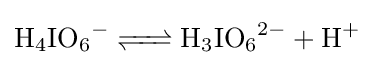
{\ce {H4IO6- <=> H3IO6^2- + H+}}